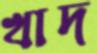
খাদ